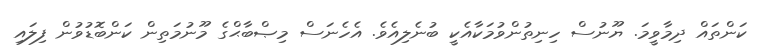
ކަންތައް ދިމާވީމަ. ޔޫނުސް ހިނިތުންވުމަކާއެކީ ބުނެލިއެވެ. އެހެނަސް މިޞްބާޙްގެ މޫނުމަތިން ކަންބޮޑުވުން ފިލައި